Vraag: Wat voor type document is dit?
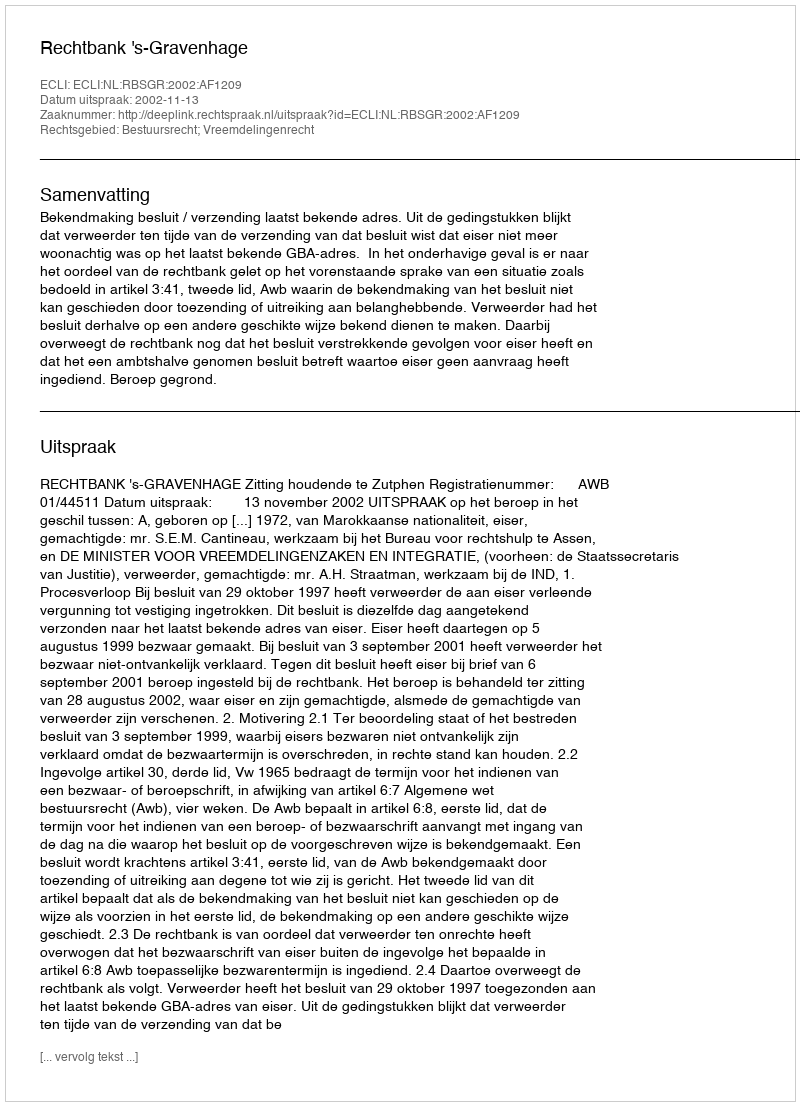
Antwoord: Uitspraak